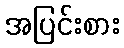
အပြင်းစား